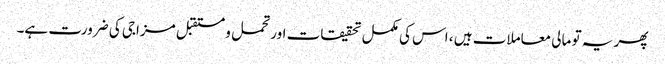
پھر یہ تو مالی معاملات ہیں ، اس کی مکمل تحقیقات اور تحمل و مستقبل مزاجی کی ضرورت ہے۔